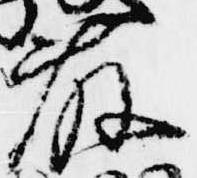
藤